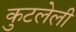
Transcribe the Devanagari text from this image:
कुटलेली